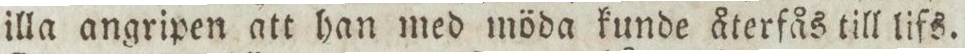
illa angripen att han med möda kunde återfås till lifs.